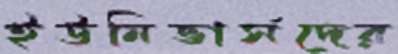
ইউনিভার্সদের